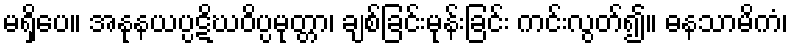
မရှိပေ။ အနုနယပ္ပဋိဃဝိပ္ပမုတ္တာ၊ ချစ်ခြင်းမုန်းခြင်း ကင်းလွတ်၍။ ဓနသာမိကံ၊